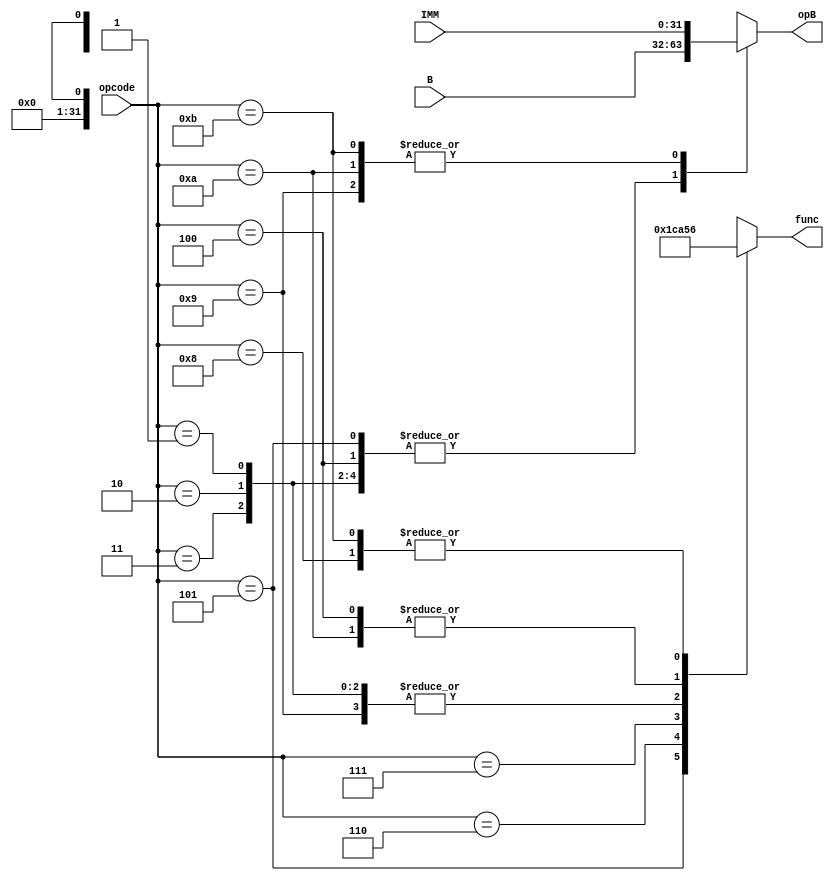
`timescale 1ns / 1ps
//////////////////////////////////////////////////////////////////////////////////
// Company: 
// Engineer: 
// 
// Design Name: 
// Module Name: ALUdecode
// Project Name: 
// Target Devices: 
// Tool Versions: 
// Description: 
// 
// Dependencies: 
// 
// Revision:
// Revision 0.01 - File Created
// Additional Comments:
// 
//////////////////////////////////////////////////////////////////////////////////


module ALUdecode(
input [31:0]B,IMM,
input [5:0]opcode,
output [2:0]func,
output [31:0]opB
    );
    reg [2:0]y;
    reg [31:0]i;
    always@(*)
    begin
    case(opcode)
    6'b000001,6'b000010,6'b000011 : begin
                                    y=3'b001;
                                    i=B;
                                    end
    6'b000100 : begin
                y=3'b010;
                i=B;
                end
    6'b000101 : begin
                y=3'b011;
                i=B;
                end
    6'b000110 : begin
                y=3'b100;
                i=B;
                end
    6'b000111 : begin
                y=3'b101;
                i=B;
                end
    6'b001000 : begin
                y=3'b110;
                i=B;
                end
    6'b001001 : begin
                y=3'b001;
                i=IMM;
                end
    6'b001010 : begin
                y=3'b010;
                i=IMM;
                end
    6'b001011 : begin
                y=3'b110;
                i=IMM;
                end            
    default : begin
              y=3'bxxx;
              i=1'bx;
              end
    endcase
    end
    
    assign func=y;
    assign opB=i;
endmodule